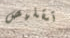
تقليص